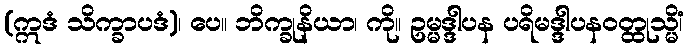
(ဣဒံ သိက္ခာပဒံ)၊ ပေ။ ဘိက္ခုနိယာ၊ ကို။ ဥမ္မဒ္ဒါပန ပရိမဒ္ဒါပနဝတ္ထုသ္မိံ၊